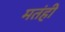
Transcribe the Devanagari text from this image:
मतंही